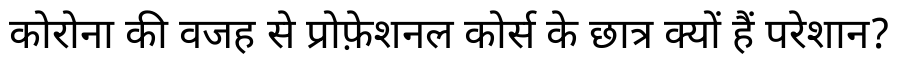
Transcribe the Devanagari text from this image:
कोरोना की वजह से प्रोफ़ेशनल कोर्स के छात्र क्यों हैं परेशान?